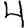
Digit: 4